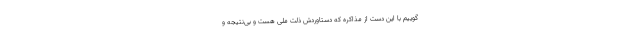
‌گوییم با این دست از مذاکره که دستاوردش ذلت ملی هست و بی‌نتیجه و